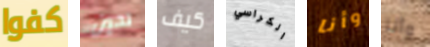
كفوا تحين كيف الكراسي وأنا وأنا